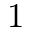
1